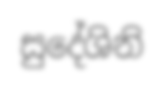
සුදේශිනි